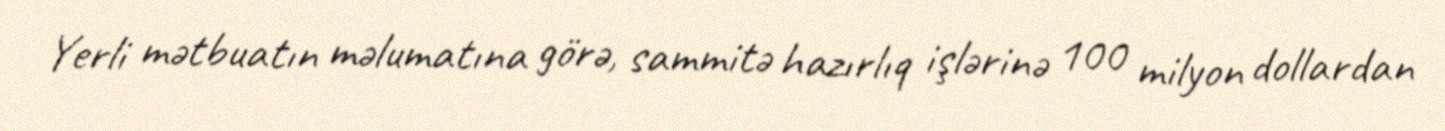
Yerli mətbuatın məlumatına görə, sammitə hazırlıq işlərinə 100 milyon dollardan